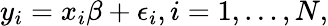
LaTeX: y_{i}=x_{i}\beta+\epsilon_{i},i=1,\ldots,N,